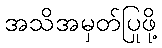
အသိအမှတ်ပြုဖို့